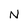
Character: N